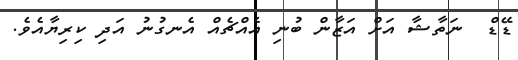
ޑޭޑް  ނަތާޝާ އަށް އަޒާން ބުނި އެއްޗެއް އެނގުނު އަދި ކިރިޔާއެވެ.